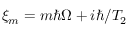
\xi _ { m } = m \hbar \Omega + i \hbar / T _ { 2 }